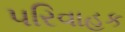
પરિવાહક